Triennial report on the lunatic asylums in the province of Eastern Bengal and Assam - 1903-1911
Year: 1903
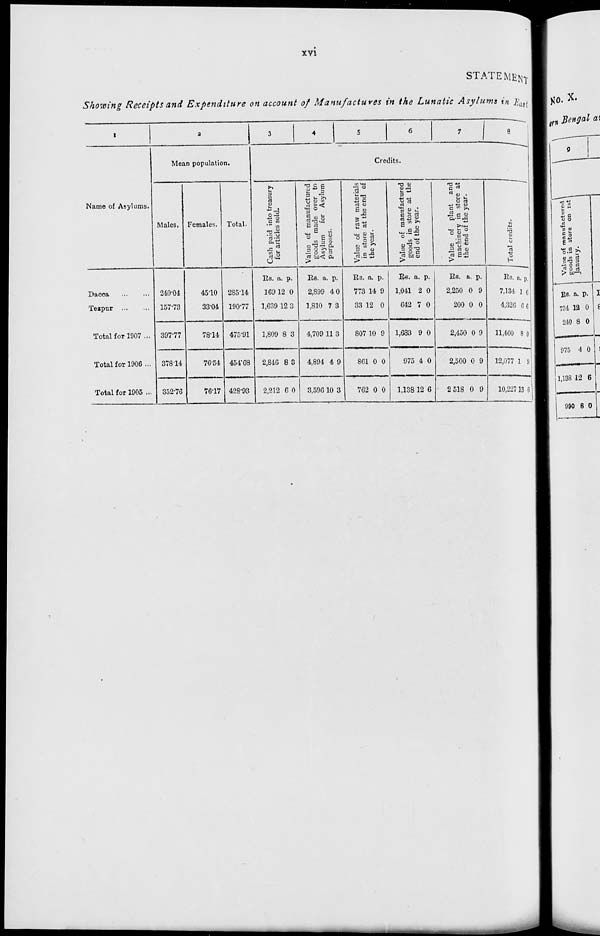
xvi
STATEMENT
Showing Receipts and Expenditure on account of Manufactures in the Lunatic Asylums in East
1
Name of Asylums.
Dacca ... ...
Tezpur ... ...
Total for 1907 ...
Total for 1906 ...
Total for 1905 ...
2
Mean population.
Males.
240.04
157.73
397.77
378.14
352.76
Females.
45.10
33.04
78.14
76.54
76.17
Total.
285.14
190.77
475.91
454.68
428.93
3
4
5
6
7
8
Credits.
Cash paid into treasury
for articles sold.
Rs.
169
1,639
1,809
2,846
2,212
a.
12
12
8
8
6
p.
0
3
3
3
0
Value of manufactured
goods made over to
Asylum
for Asylum
purposes.
Rs.
2,899
1,810
4,709
4,894
3,596
a.
4
7
11
4
10
p.
0
3
3
9
3
Value of raw materials
in store at the end of
the year.
Rs.
773
33
807
861
762
a.
14
12
10
0
0
p.
9
0
9
0
0
Value of manufactured
goods in store at the
end of the year.
Rs.
1,041
642
1,683
975
1,138
a.
2
7
9
4
12
p.
0
0
0
0
6
Value of plant and
machinery in store at
the end of the year.
Rs.
2,250
200
2,450
2,500
2,518
a.
0
0
0
0
0
p.
9
0
9
9
9
Total credits.
Rs.
7,134
4,326
11,460
12,077
10,227
a.
1
6
8
1
13
p.
6
6
0
9
6